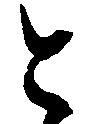
と